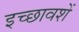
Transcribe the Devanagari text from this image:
इच्छावशें